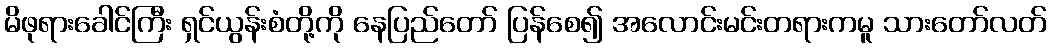
မိဖုရားခေါင်ကြီး ရှင်ယွန်းစံတို့ကို နေပြည်တော် ပြန်စေ၍ အလောင်းမင်းတရားကမူ သားတော်လတ်